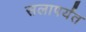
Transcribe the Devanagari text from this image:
सलापर्यंत